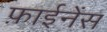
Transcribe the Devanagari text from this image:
फ़ाईनेंस